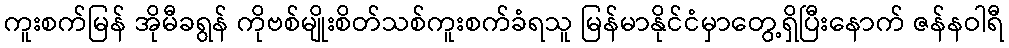
ကူးစက်မြန် အိုမီခရွန် ကိုဗစ်မျိုးစိတ်သစ်ကူးစက်ခံရသူ မြန်မာနိုင်ငံမှာတွေ့ရှိပြီးနောက် ဇန်နဝါရီ